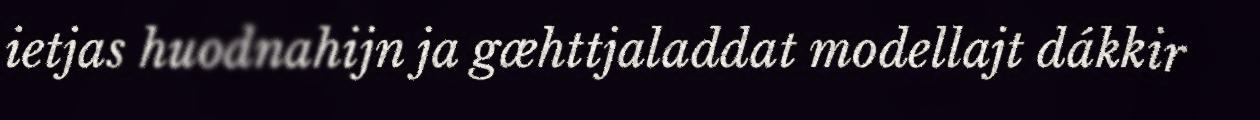
ietjas huodnahijn ja gæhttjaladdat modellajt dákkir